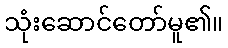
သုံးဆောင်တော်မူ၏။